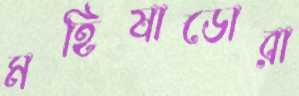
মহিষাডোরা